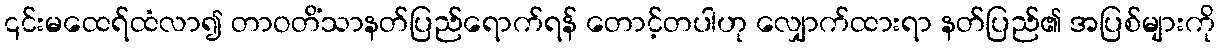
၎င်းမထေရ်ထံလာ၍ တာဝတိံသာနတ်ပြည်ရောက်ရန် တောင့်တပါဟု လျှောက်ထားရာ နတ်ပြည်၏ အပြစ်များကို